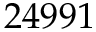
2 4 9 9 1